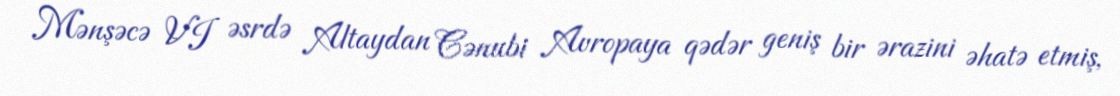
Mənşəcə VI əsrdə Altaydan Cənubi Avropaya qədər geniş bir ərazini əhatə etmiş,